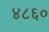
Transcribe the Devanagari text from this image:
४८६०